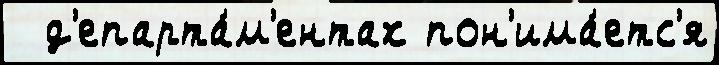
  д'епарта́м'ентах пон'има́етс'я